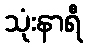
သုံးနာရီ